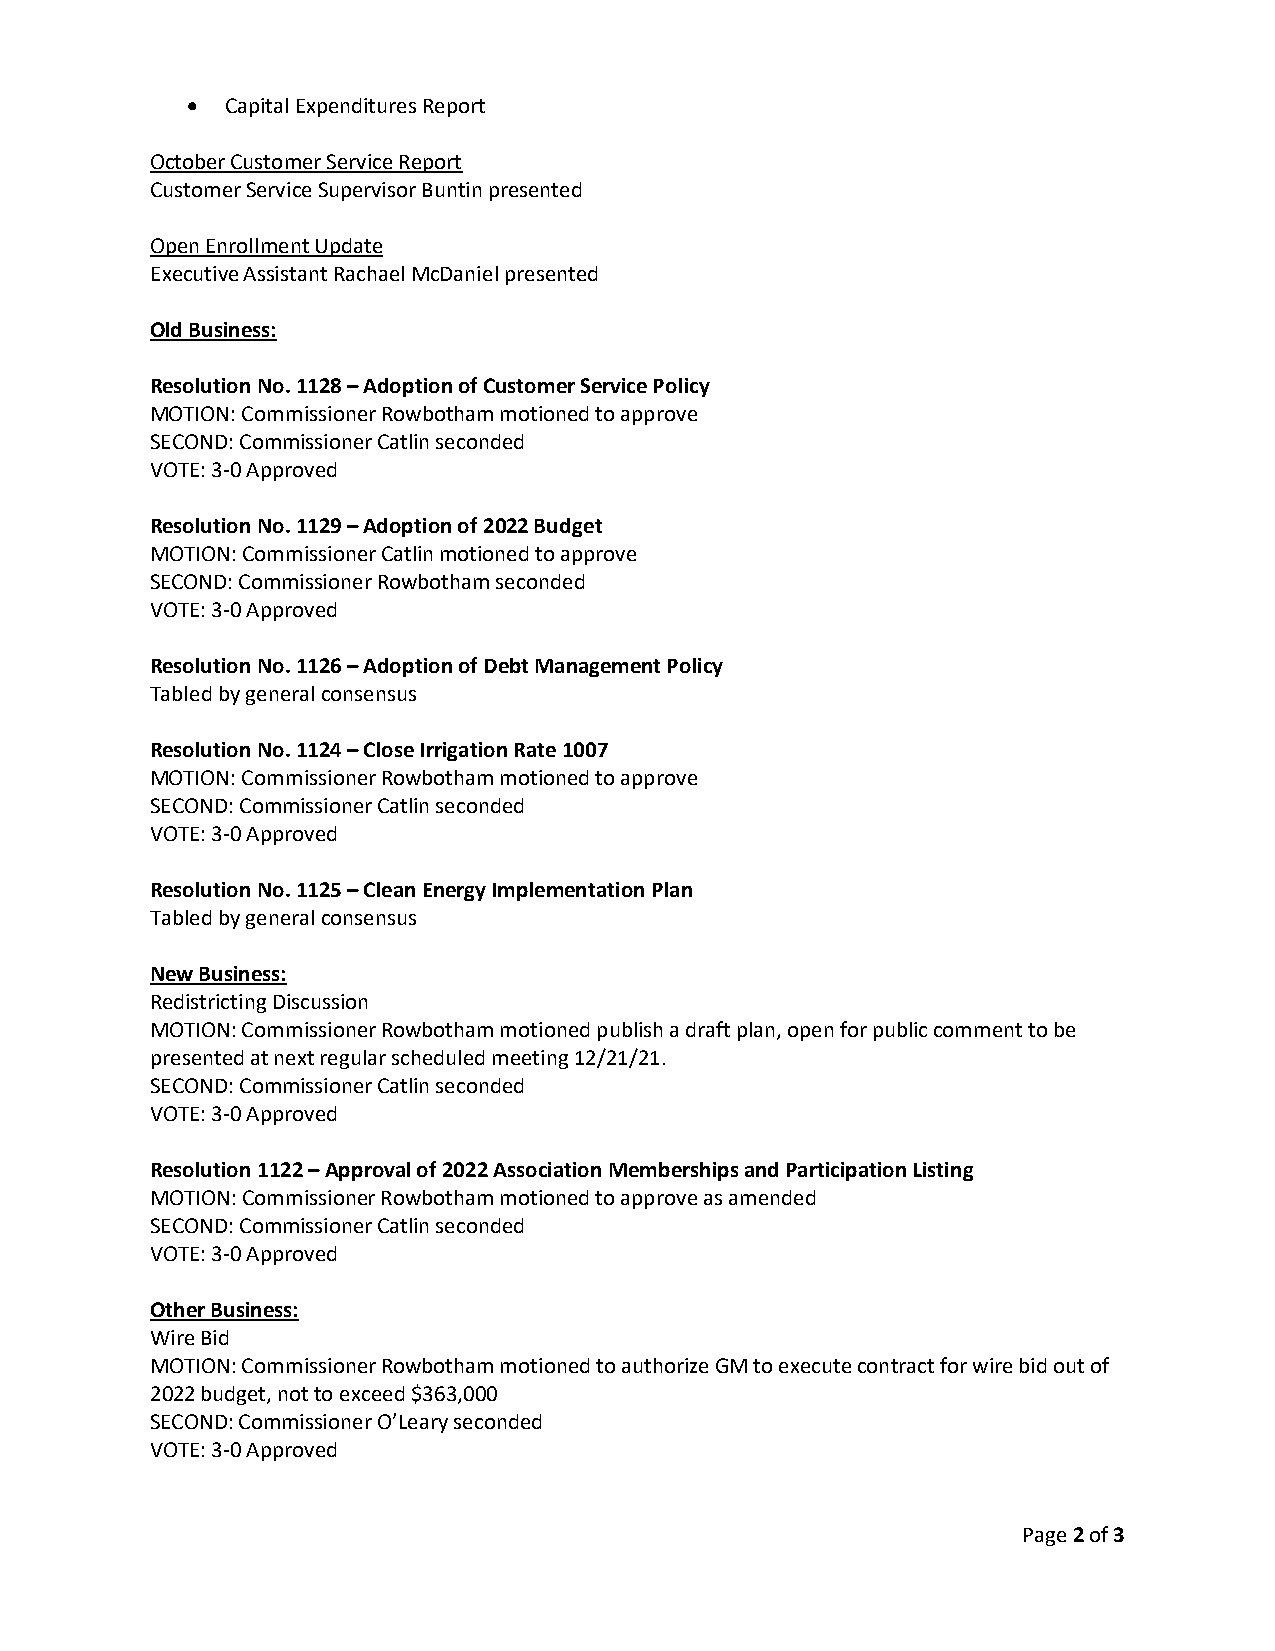
•  Capital Expenditures Report
 October Customer Service Report
 Customer Service Supervisor Buntin presented
 Open Enrollment Update
 Executive Assistant Rachael McDaniel presented
 Old Business:
 Resolution No. 1128 – Adoption of Customer Service Policy
 MOTION: Commissioner Rowbotham motioned to approve
 SECOND: Commissioner Catlin seconded
 VOTE: 3-0 Approved
 Resolution No. 1129 – Adoption of 2022 Budget
 MOTION: Commissioner Catlin motioned to approve
 SECOND: Commissioner Rowbotham seconded
 VOTE: 3-0 Approved
 Resolution No. 1126 – Adoption of Debt Management Policy
 Tabled by general consensus
 Resolution No. 1124 – Close Irrigation Rate 1007
 MOTION: Commissioner Rowbotham motioned to approve
 SECOND: Commissioner Catlin seconded
 VOTE: 3-0 Approved
 Resolution No. 1125 – Clean Energy Implementation Plan
 Tabled by general consensus
 New Business:
 Redistricting Discussion
 MOTION: Commissioner Rowbotham motioned publish a draft plan, open for public comment to be
 presented at next regular scheduled meeting 12/21/21.
 SECOND: Commissioner Catlin seconded
 VOTE: 3-0 Approved
 Resolution 1122 – Approval of 2022 Association Memberships and Participation Listing
 MOTION: Commissioner Rowbotham motioned to approve as amended
 SECOND: Commissioner Catlin seconded
 VOTE: 3-0 Approved
 Other Business:
 Wire Bid
 MOTION: Commissioner Rowbotham motioned to authorize GM to execute contract for wire bid out of
 2022 budget, not to exceed $363,000
 SECOND: Commissioner O’Leary seconded
 VOTE: 3-0 Approved
 Page 2 of 3